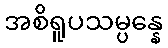
အစိရူပသမ္ပန္နေ